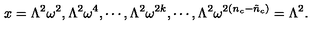
x = \Lambda ^ { 2 } \omega ^ { 2 } , \Lambda ^ { 2 } \omega ^ { 4 } , \cdots , \Lambda ^ { 2 } \omega ^ { 2 k } , \cdots , \Lambda ^ { 2 } \omega ^ { 2 ( n _ { c } - \tilde { n } _ { c } ) } = \Lambda ^ { 2 } .